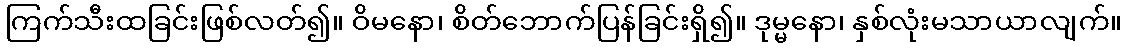
ကြက်သီးထခြင်းဖြစ်လတ်၍။ ဝိမနော၊ စိတ်ဘောက်ပြန်ခြင်းရှိ၍။ ဒုမ္မနော၊ နှစ်လုံးမသာယာလျက်။